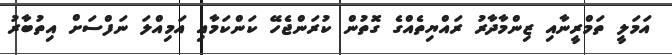
އަމަލީ ތަމްރީނާއި ޒިންމާދާރު ރައްޔިތެއްގެ ގޮތުން ކުރަންޖެހޭ ކަންކަމާއި އަމިއްލަ ނަފްސަށް އިތުބާރު